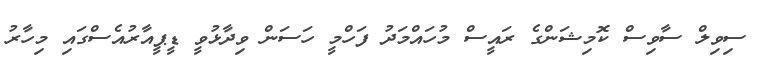
ސިވިލް ސާވިސް ކޮމިޝަންގެ ރައީސް މުހައްމަދު ފަހްމީ ހަސަން ވިދާޅުވީ ޑީޕީއާރުއެސްގައި މިހާރު